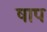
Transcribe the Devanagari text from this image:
षाप